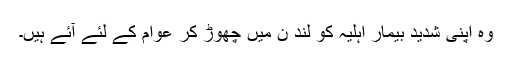
وہ اپنی شدید بیمار اہلیہ کو لند ن میں چھوڑ کر عوام کے لئے آئے ہیں۔